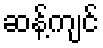
ဆန့်ကျင်